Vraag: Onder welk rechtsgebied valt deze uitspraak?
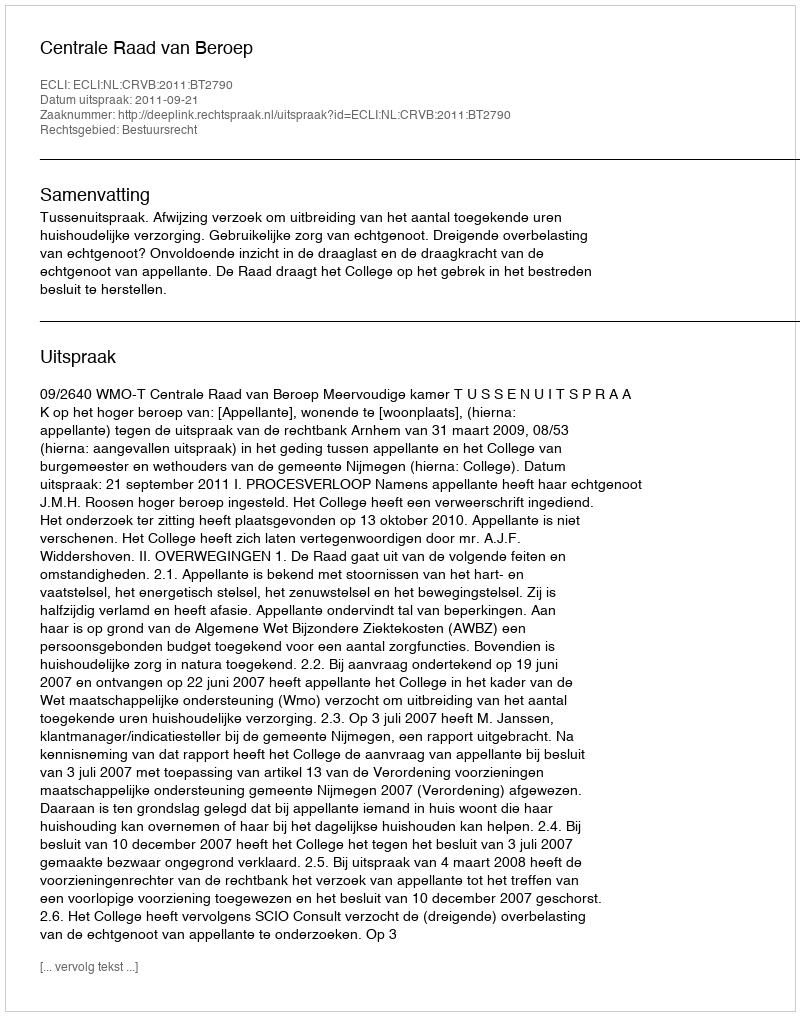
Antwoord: Bestuursrecht